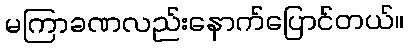
မကြာခဏလည်းနောက်ပြောင်တယ်။